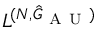
L ^ { ( N , \hat { G } _ { \mathrm { ~ A ~ U ~ } } ) }